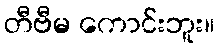
တီဗီမ ကောင်းဘူး။